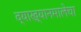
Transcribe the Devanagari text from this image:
व्याख्यानमालेचा